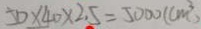
5 0 \times 4 0 \times 2 . 5 = 5 0 0 0 ( c m ^ { 3 } )